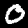
Digit: 0